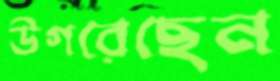
উগরেছেন